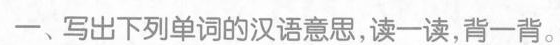
一、写出下列单词的汉语意思,读一读,背一背。